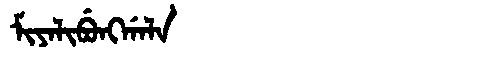
Manchu: ᠮᡳᠶᠠᠯᡳᠪᡠᠩᡤᠠᠯᠠ
Romanization: MIYALIBUNGGALA